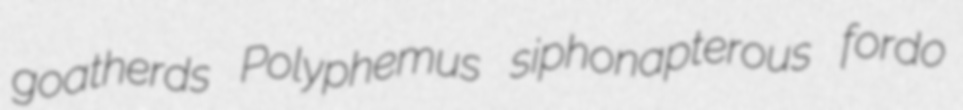
goatherds Polyphemus siphonapterous fordo